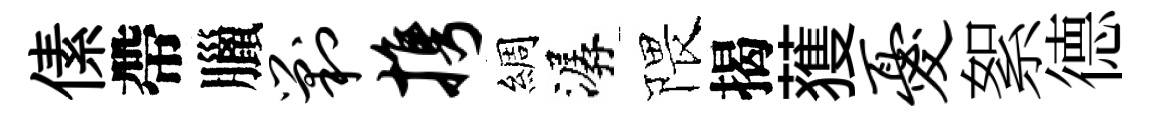
傃帶臘剿携綢潺隈揭𫉬忧絮德